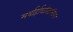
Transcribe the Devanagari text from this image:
मर्यार्हाघंत्दिलिडग